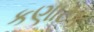
કણાટક